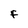
Character: F